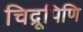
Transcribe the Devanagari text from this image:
चिद्रूपिणि